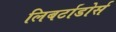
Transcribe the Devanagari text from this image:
लिबर्टाडोर्स